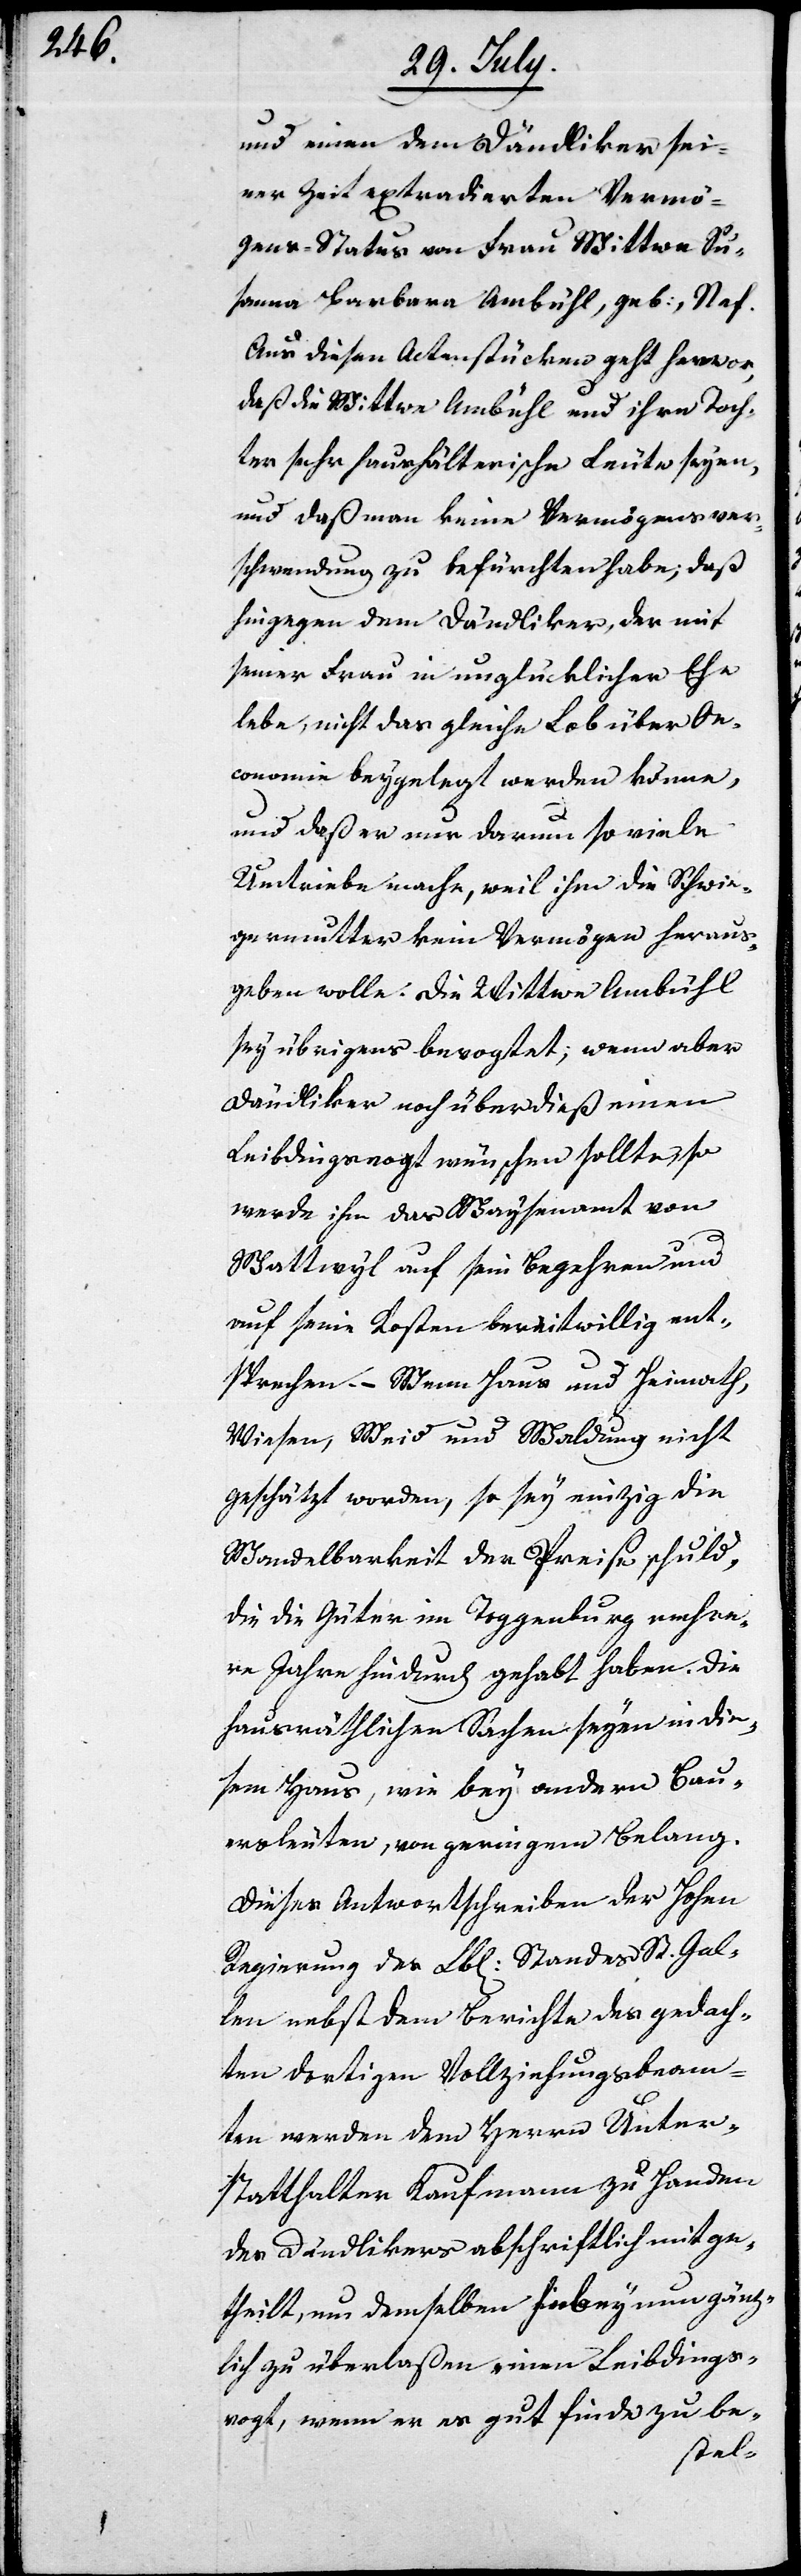
und einen dem Dändliker sei¬
ner Zeit extradierten Vermö¬
gens-Status von Frau Wittwe Su¬
sanne Barbara Ambühl, geb. Nef.
Aus diesen Actenstücken geht hervor,
daß die Wittwe Ambühl und ihre Toch¬
ter sehr haushälterische Leute seyen,
und daß man keine Vermögensver¬
schwendung zu befürchten habe, daß
hingegen dem Dändliker, der mit
seiner Frau in unglücklicher Ehe
lebe, nicht das gleiche Lob über Oe¬
conomie beygelegt werden könne,
und daß er nur darum so viele
Umtriebe mache, weil ihm die Schwie¬
germutter kein Vermögen heraus¬
geben wolle. Die Wittwe Ambühl
sey übrigens bevogtet; wenn aber
Dändliker noch über dieß einen
Leibdingsvogt wünschen sollte, so
werde ihm das Waysenamt von
Wattwyl auf sein Begehren und
auf seine Kosten bereitwillig ent¬
sprechen. – Wenn Haus und Heimath,
Wiesen, Weid und Waldung nicht
geschätzt worden, so sey einzig die
Wandelbarkeit des Preises schuld,
die die Güter im Toggenburg mehre¬
re Jahre hindurch gehabt haben. Die
hausräthlichen Sachen seyen in die¬
sem Haus, wie bey andern Bau¬
ersleuten, von geringem Belang.
Dieses Antwortschreiben der Hohen
Regierung des Lbl. Standes St. Gal¬
len nebst dem Berichte des gedach¬
ten dortigen Vollziehungsbeam¬
ten werden dem Herrn Unter¬
statthalter Kaufmann zu Handen
des Dändlikers abschriftlich mitge¬
theilt, um demselben hiebey nun gänz¬
lich zu überlaßen einen Leibdings¬
vogt, wenn er es gut finde, zu be-